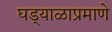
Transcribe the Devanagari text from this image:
घड्याळाप्रमाणे